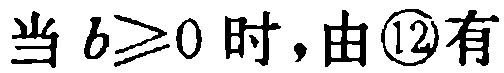
当 \(b\geq0\) 时，由\textcircled{12}有